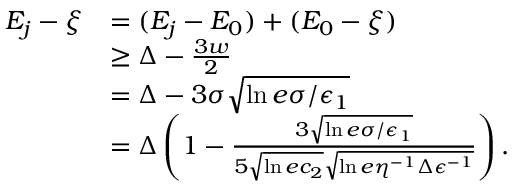
\begin{array} { r l } { E _ { j } - \xi } & { = ( E _ { j } - E _ { 0 } ) + ( E _ { 0 } - \xi ) } \\ & { \ge \Delta - \frac { 3 w } { 2 } } \\ & { = \Delta - 3 \sigma \sqrt { \ln { e \sigma / \epsilon _ { 1 } } } } \\ & { = \Delta \left( 1 - \frac { 3 \sqrt { \ln { e \sigma / \epsilon _ { 1 } } } } { 5 \sqrt { \ln { e c _ { 2 } } } \sqrt { \ln { e \eta ^ { - 1 } \Delta \epsilon ^ { - 1 } } } } \right) . } \end{array}